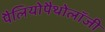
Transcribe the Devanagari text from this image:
पैलियोपैथोलॉजी